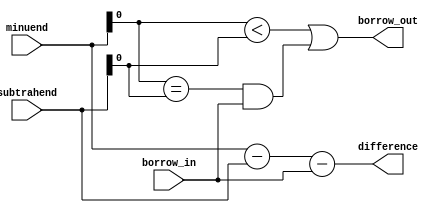
module Subtractor (
    input [3:0] minuend,
    input [3:0] subtrahend,
    input borrow_in,
    output [3:0] difference,
    output borrow_out
);

assign difference = minuend - subtrahend - borrow_in;
assign borrow_out = (minuend[0] < subtrahend[0]) | ((minuend[0] == subtrahend[0]) & borrow_in);

endmodule